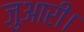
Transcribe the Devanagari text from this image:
जुआरी।